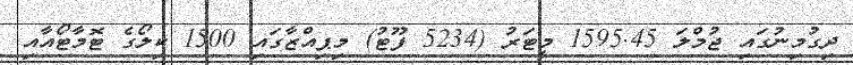
ދިގުމިނުގައި ޖުމްލަ 1595.45 މީޓަރު (5234 ފޫޓު) މިޕިއްޒާގައި 1500 ކިލޯގެ ޓޮމާޓޯއާއި